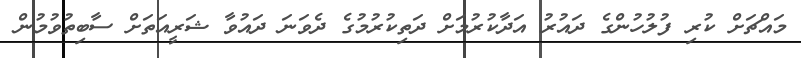
މައްޗަށް ކުރި ފުލުހުންގެ ދައުރު އަދާކުރުމަށް ދަތިކުރުމުގެ ދެވަނަ ދައުވާ ޝަރީއަތަށް ސާބިތުވުމުން